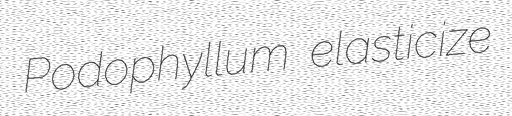
Podophyllum elasticize